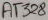
Text: AT328